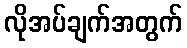
လိုအပ်ချက်အတွက်